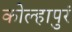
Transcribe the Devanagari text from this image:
कोल्हापुरं